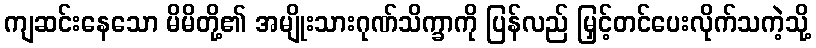
ကျဆင်းနေသော မိမိတို့၏ အမျိုးသားဂုဏ်သိက္ခာကို ပြန်လည် မြှင့်တင်ပေးလိုက်သကဲ့သို့